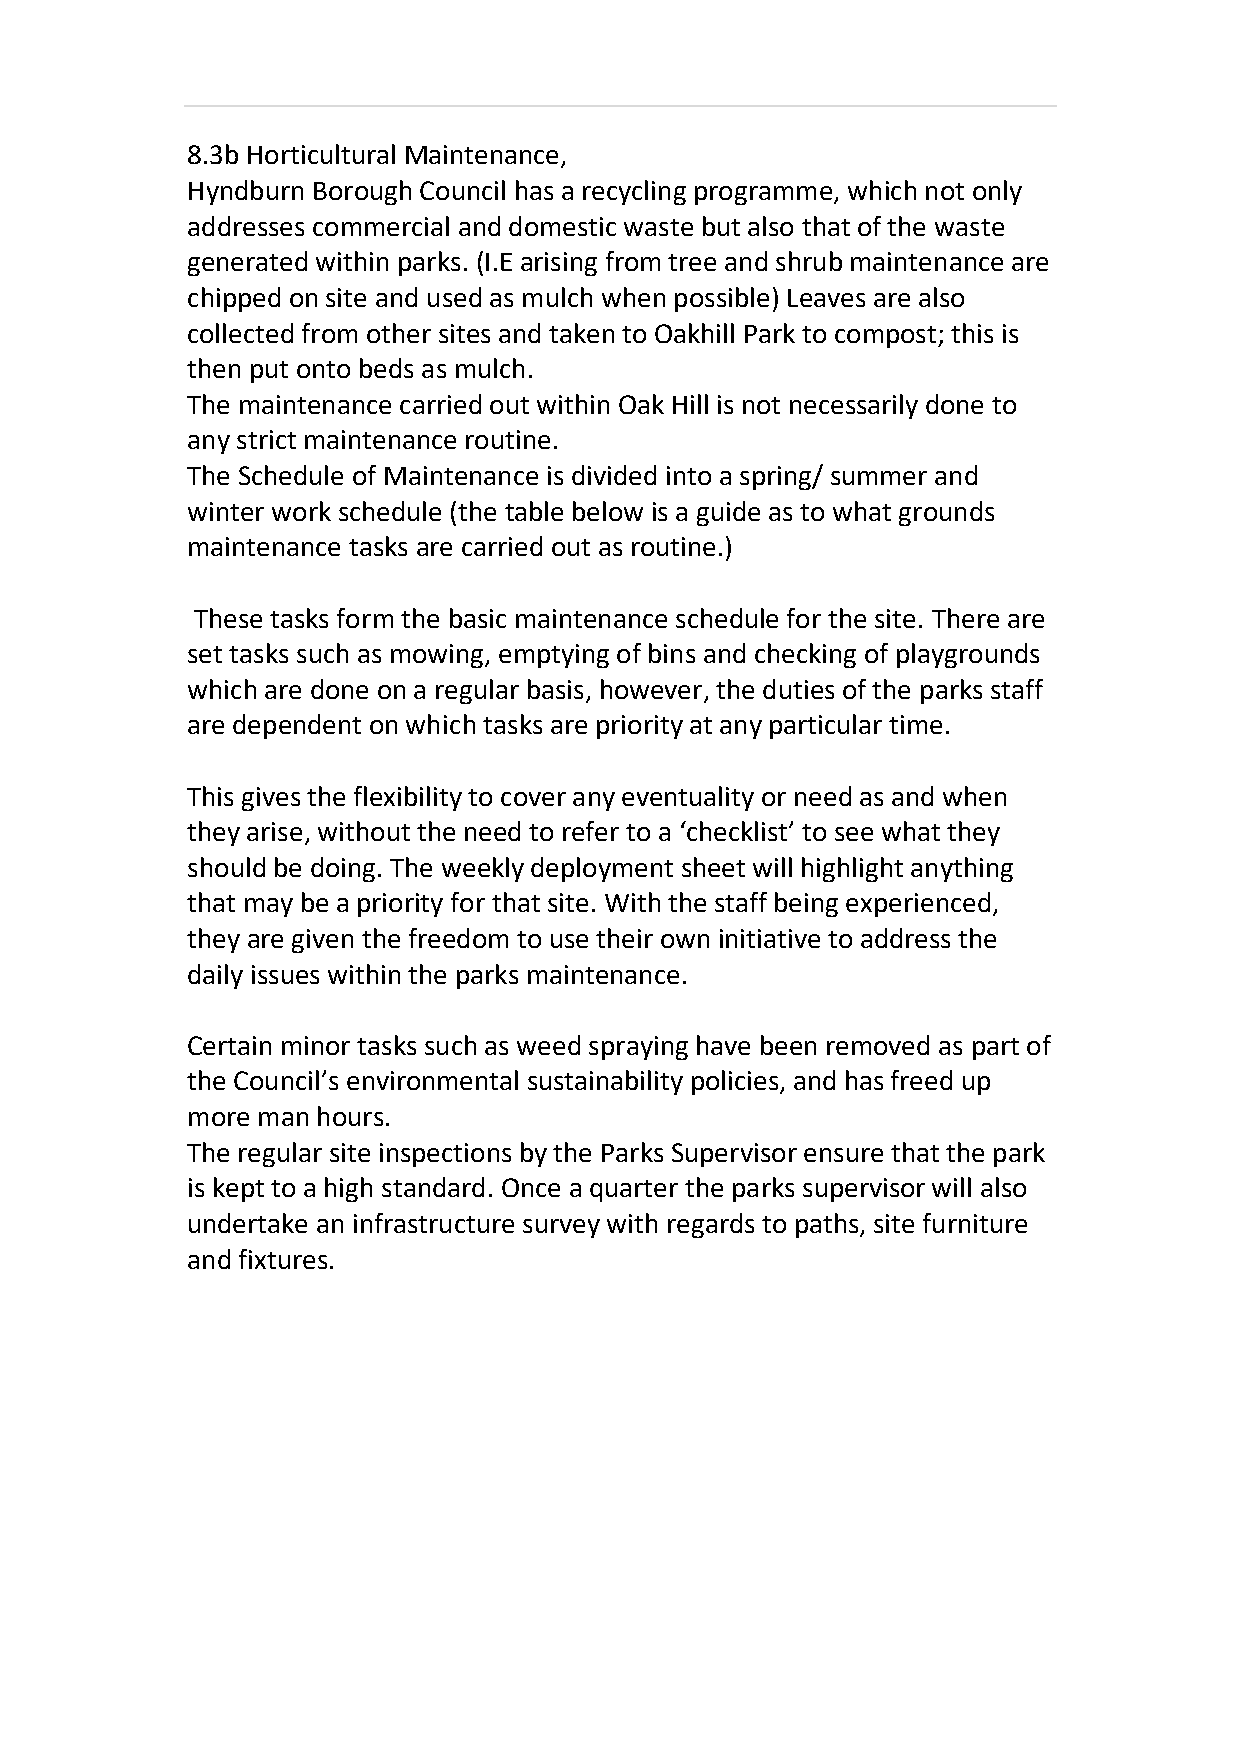
8.3b Horticultural Maintenance,
 Hyndburn Borough Council has a recycling programme, which not only
 addresses commercial and domestic waste but also that of the waste
 generated within parks. (I.E arising from tree and shrub maintenance are
 chipped on site and used as mulch when possible) Leaves are also
 collected from other sites and taken to Oakhill Park to compost; this is
 then put onto beds as mulch.
 The maintenance carried out within Oak Hill is not necessarily done to
 any strict maintenance routine.
 The Schedule of Maintenance is divided into a spring/ summer and
 winter work schedule (the table below is a guide as to what grounds
 maintenance tasks are carried out as routine.)
 These tasks form the basic maintenance schedule for the site. There are
 set tasks such as mowing, emptying of bins and checking of playgrounds
 which are done on a regular basis, however, the duties of the parks staff
 are dependent on which tasks are priority at any particular time.
 This gives the flexibility to cover any eventuality or need as and when
 they arise, without the need to refer to a ‘checklist’ to see what they
 should be doing. The weekly deployment sheet will highlight anything
 that may be a priority for that site. With the staff being experienced,
 they are given the freedom to use their own initiative to address the
 daily issues within the parks maintenance.
 Certain minor tasks such as weed spraying have been removed as part of
 the Council’s environmental sustainability policies, and has freed up
 more man hours.
 The regular site inspections by the Parks Supervisor ensure that the park
 is kept to a high standard. Once a quarter the parks supervisor will also
 undertake an infrastructure survey with regards to paths, site furniture
 and fixtures.